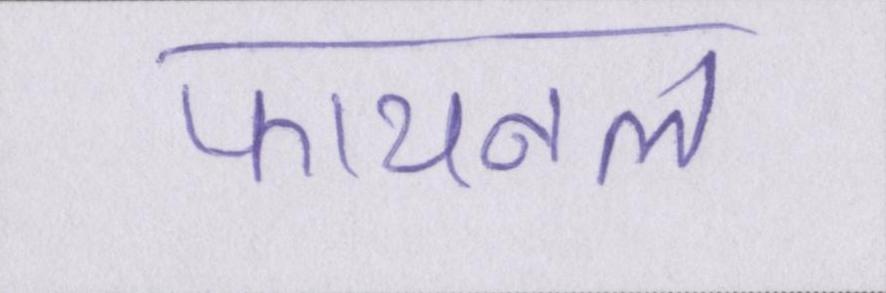
फायनल